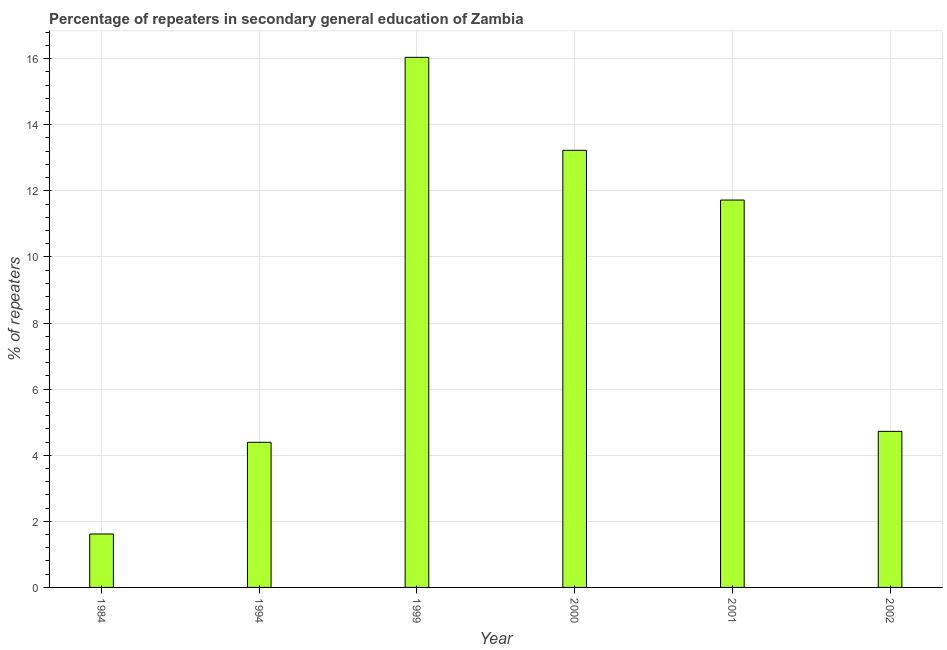
| Year | Percentage of repeaters |
 | --- | --- |
 | 1984 | 1.62 |
 | 1994 | 4.39 |
 | 1999 | 16 |
 | 2000 | 13.2 |
 | 2001 | 11.7 |
 | 2002 | 4.72 |